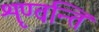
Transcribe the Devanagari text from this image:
शृण्वन्ति